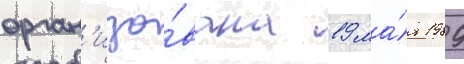
орган'изо́вана 19 ма́я 1989